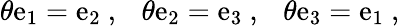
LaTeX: \theta\mathrm{e}_{1}=\mathrm{e}_{2}~,~~~\theta\mathrm{e}_{2}=\mathrm{e}_{3}~,~~~\theta\mathrm{e}_{3}=\mathrm{e}_{1}~,